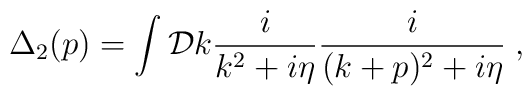
\Delta_2 (p) =\int {\cal D} k \frac{i}{k^2 +i\eta} \frac{i}{(k+p)^2  +i\eta}\; ,